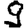
Digit: 9